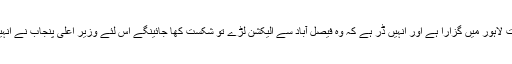
انہوں نے کہا کہ وزیر قانون پنجاب رانا ثنا اللہ نے سارا وقت لاہور میں گزارا ہے اور انہیں ڈر ہے کہ وہ فیصل آباد سے الیکشن لڑے تو شکست کھا جائینگے اس لئے وزیر اعلیٰ پنجاب نے انہیں پیشکش کی ہے کہ وہ لاہور سے انتخابات میں حصہ لیں ۔